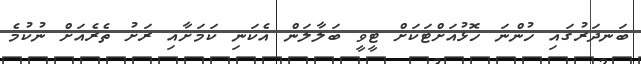
ބަނދަރުގައި ހުންނަ ހޮޅުއަށްޓަކަށް ޓީވީ ބަލާލަން އެކަނި ކަމަށާއިި ރަށު ތެރެއަށް ނުކުމެ